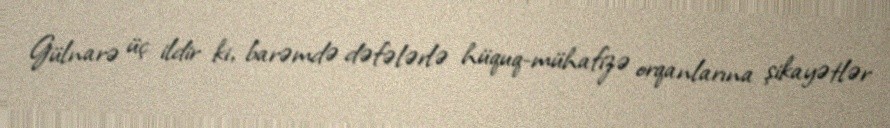
Gülnarə üç ildir ki, barəmdə dəfələrlə hüquq-mühafizə orqanlarına şikayətlər